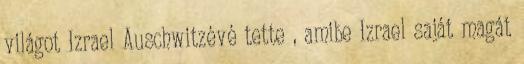
világot Izrael Auschwitzévé tette , amibe Izrael saját magát